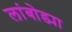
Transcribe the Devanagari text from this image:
लांबोड्या